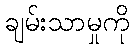
ချမ်းသာမှုကို